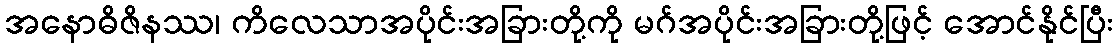
အနောဓိဇိနဿ၊ ကိလေသာအပိုင်းအခြားတို့ကို မဂ်အပိုင်းအခြားတို့ဖြင့် အောင်နိုင်ပြီး